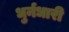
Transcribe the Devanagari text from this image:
धुर्नधारी